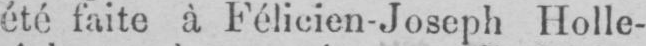
été faite à Félicien-Joseph Holle-